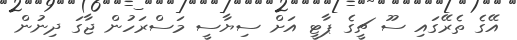
އޭގެ ތެރޭގައި ސޫ ޗީގެ ޕާޓީ އަށް ސިޔާސީ މަސްރަހުން ޖާގަ ދިނުން